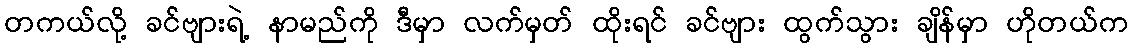
တကယ်လို့ ခင်ဗျားရဲ့ နာမည်ကို ဒီမှာ လက်မှတ် ထိုးရင် ခင်ဗျား ထွက်သွား ချိန်မှာ ဟိုတယ်က